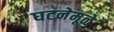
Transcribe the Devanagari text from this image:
घटनेमूळे